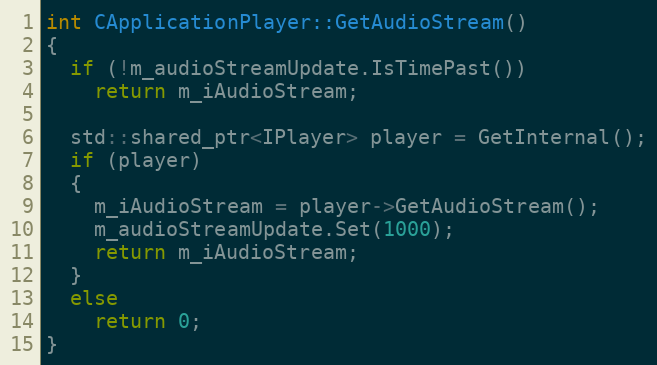
Language: C++
int CApplicationPlayer::GetAudioStream()
{
  if (!m_audioStreamUpdate.IsTimePast())
    return m_iAudioStream;

  std::shared_ptr<IPlayer> player = GetInternal();
  if (player)
  {
    m_iAudioStream = player->GetAudioStream();
    m_audioStreamUpdate.Set(1000);
    return m_iAudioStream;
  }
  else
    return 0;
}